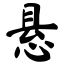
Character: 悬